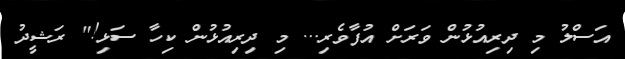
އަސްލު މި ދިރިއުޅުން ވަރަށް އުފާވެރި... މި ދިރިއުޅުން ކިހާ ސަޅި!" ރަޝީދު